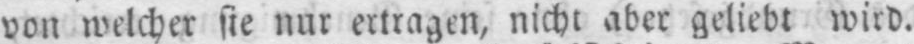
von welcher sie nur ertragen, nicht aber geliebt wird.